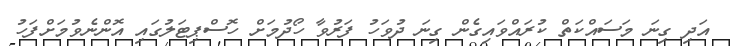
އަދި ގިނަ މަސައްކަތް ކުރައްވައިގެން ގިނަ ދުވަހު ފަރުވާ ހޯދުމަށް ހޮސްޕިޓަލުގައި އޮންނެވުމަށްފަހު